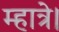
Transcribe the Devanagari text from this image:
म्हात्रे।